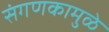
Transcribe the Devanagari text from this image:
संगणकामुळे